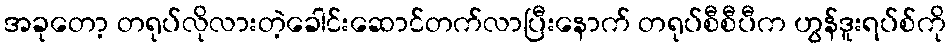
အခုတော့ တရုပ်လိုလားတဲ့ခေါင်းဆောင်တက်လာပြီးနောက် တရုပ်စီစီပီက ဟွန်ဒူးရပ်စ်ကို